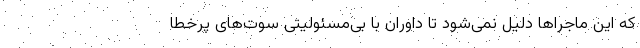
که این ماجراها دلیل نمی‌شود تا داوران با بی‌مسئولیتی سوت‌های پرخطا